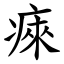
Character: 㾢